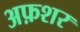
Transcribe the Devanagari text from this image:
अफ़शर